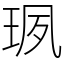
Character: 珟